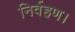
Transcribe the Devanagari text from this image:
निर्वहण।